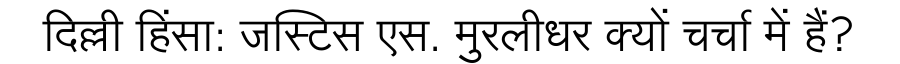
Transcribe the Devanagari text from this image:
दिल्ली हिंसा: जस्टिस एस. मुरलीधर क्यों चर्चा में हैं?